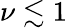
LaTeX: \nu\lesssim 1